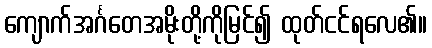
ကျောက်အင်္ဂတေအမိုးတို့ကိုမြင်၍ ထုတ်ငင်ရလေ၏။